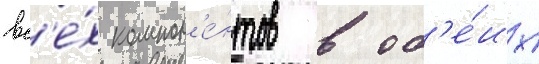
вс'е́х компон'е́нтов в об'е́их